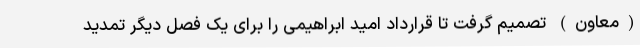
(معاون) تصمیم گرفت تا قرارداد امید ابراهیمی را برای یک فصل دیگر تمدید